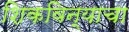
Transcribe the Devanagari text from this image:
शिकविन्याचा